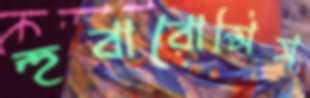
হুবারোপ্সিস